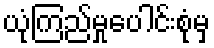
ယုံကြည်မှုပေါင်းစုံမှ